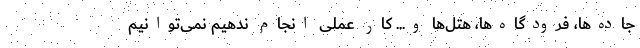
جاده‌ها، فرودگاه‌ها،‌ هتل‌ها و... کار عملی انجام ندهیم نمی‌توانیم